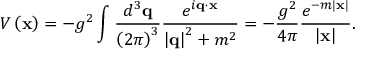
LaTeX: V \left( { \bf x } \right) = - g ^ { 2 } \int { \frac { d ^ { 3 } { { \bf q } } } { \left( 2 \pi \right) ^ { 3 } } } { \frac { e ^ { i { \bf q } \cdot { \bf x } } } { \left| { \bf q } \right| ^ { 2 } + m ^ { 2 } } } = - { \frac { g ^ { 2 } } { 4 \pi } } { \frac { e ^ { - m \left| { \bf x } \right| } } { \left| { \bf x } \right| } } .